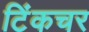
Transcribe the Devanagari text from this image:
टिंकचर